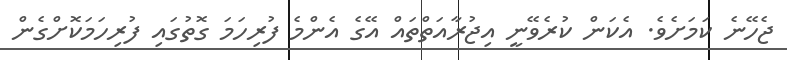
ޖެހޭނެ ކަމަށެވެ. އެކަން ކުރެވޭނީ އިޖުރާއަތްތައް އޭގެ އެންމެ ފުރިހަމަ ގޮތުގައި ފުރިހަމަކޮށްގެން